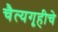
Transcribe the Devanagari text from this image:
चैत्यगृहीचे